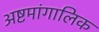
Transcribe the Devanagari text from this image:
अष्टमांगालिक